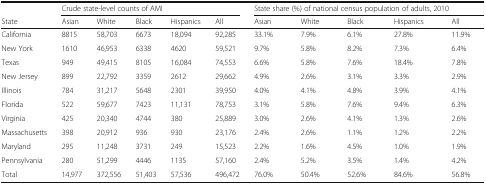
|  | <COLSPAN=5> Crude state-level counts of AMI | <COLSPAN=5> State share (%) of national census population of adults, 2010 |
 | State | Asian | White | Black | Hispanics | All | Asian | White | Black | Hispanics | All |
 | --- | --- | --- | --- | --- | --- | --- | --- | --- | --- | --- |
 | California | 8815 | 58,703 | 6673 | 18,094 | 92,285 | 33.1% | 7.9% | 6.1% | 27.8% | 11.9% |
 | New York | 1610 | 46,953 | 6338 | 4620 | 59,521 | 9.7% | 5.8% | 8.2% | 7.3% | 6.4% |
 | Texas | 949 | 49,415 | 8105 | 16,084 | 74,553 | 6.6% | 5.8% | 7.6% | 18.4% | 7.8% |
 | New Jersey | 899 | 22,792 | 3359 | 2612 | 29,662 | 4.9% | 2.6% | 3.1% | 3.3% | 2.9% |
 | Illinois | 784 | 31,217 | 5648 | 2301 | 39,950 | 4.0% | 4.1% | 4.8% | 3.9% | 4.1% |
 | Florida | 522 | 59,677 | 7423 | 11,131 | 78,753 | 3.1% | 5.8% | 7.6% | 9.4% | 6.3% |
 | Virginia | 425 | 20,340 | 4744 | 380 | 25,889 | 3.0% | 2.6% | 4.1% | 1.3% | 2.6% |
 | Massachusetts | 398 | 20,912 | 936 | 930 | 23,176 | 2.4% | 2.6% | 1.1% | 1.2% | 2.2% |
 | Maryland | 295 | 11,248 | 3731 | 249 | 15,523 | 2.2% | 1.6% | 4.5% | 1.0% | 1.9% |
 | Pennsylvania | 280 | 51,299 | 4446 | 1135 | 57,160 | 2.4% | 5.2% | 3.5% | 1.4% | 4.2% |
 | Total | 14,977 | 372,556 | 51,403 | 57,536 | 496,472 | 76.0% | 50.4% | 52.6% | 84.6% | 56.8% |